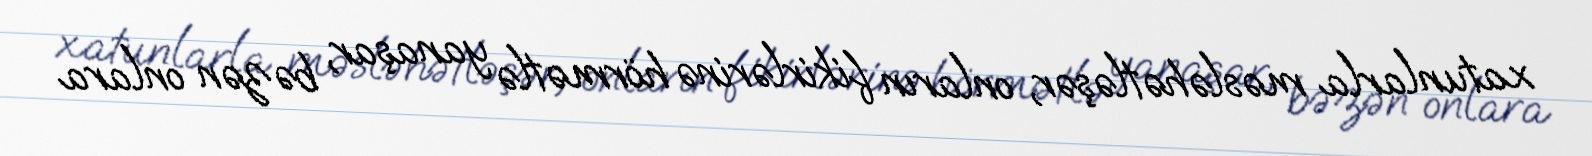
xatunlarla məsləhətləşər, onların fikirlərinə hörmətlə yanaşar, bəzən onlara